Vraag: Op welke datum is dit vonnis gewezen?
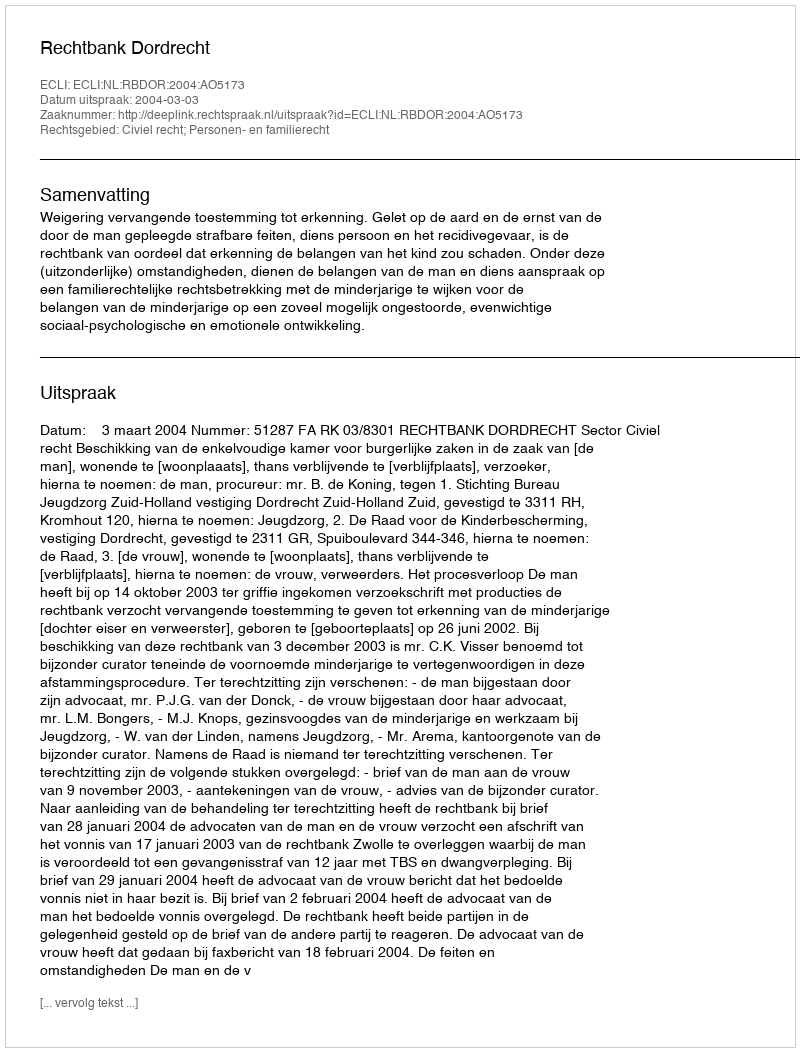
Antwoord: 2004-03-03